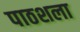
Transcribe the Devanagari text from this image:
पाठशला